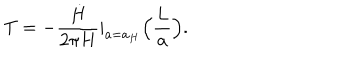
T = - { \frac { \dot { H } } { 2 \pi H } } | _ { a = a _ { H } } \Big ( { \frac { L } { a } } \Big ) .